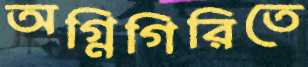
অগ্নিগিরিতে